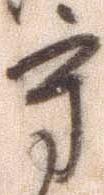
守